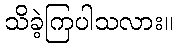
သိခဲ့ကြပါသလား။